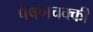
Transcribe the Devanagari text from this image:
पेषणचक्की